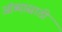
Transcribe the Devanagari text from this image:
आंब्यासाठी